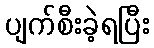
ပျက်စီးခဲ့ရပြီး